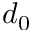
d _ { 0 }